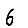
Digit: 6